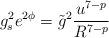
LaTeX: \begin{align*}g_s^2 e^{2\phi} = \tilde{g}^2 \frac{u^{7-p}}{R^{7-p}}\end{align*}